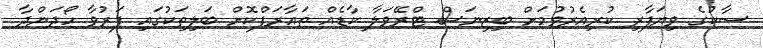
ސާކުގެ ވިޔަފާރި ކުރިއެރުވުމަށް ބިޒިނަސް ޓްރޭވަލާ ކާޑެއް ތައާރަފްކޮށް ބަލިތަކުގައި ފަރުވާ ހޯދަންދާ